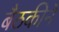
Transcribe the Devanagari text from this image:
बैठकीने